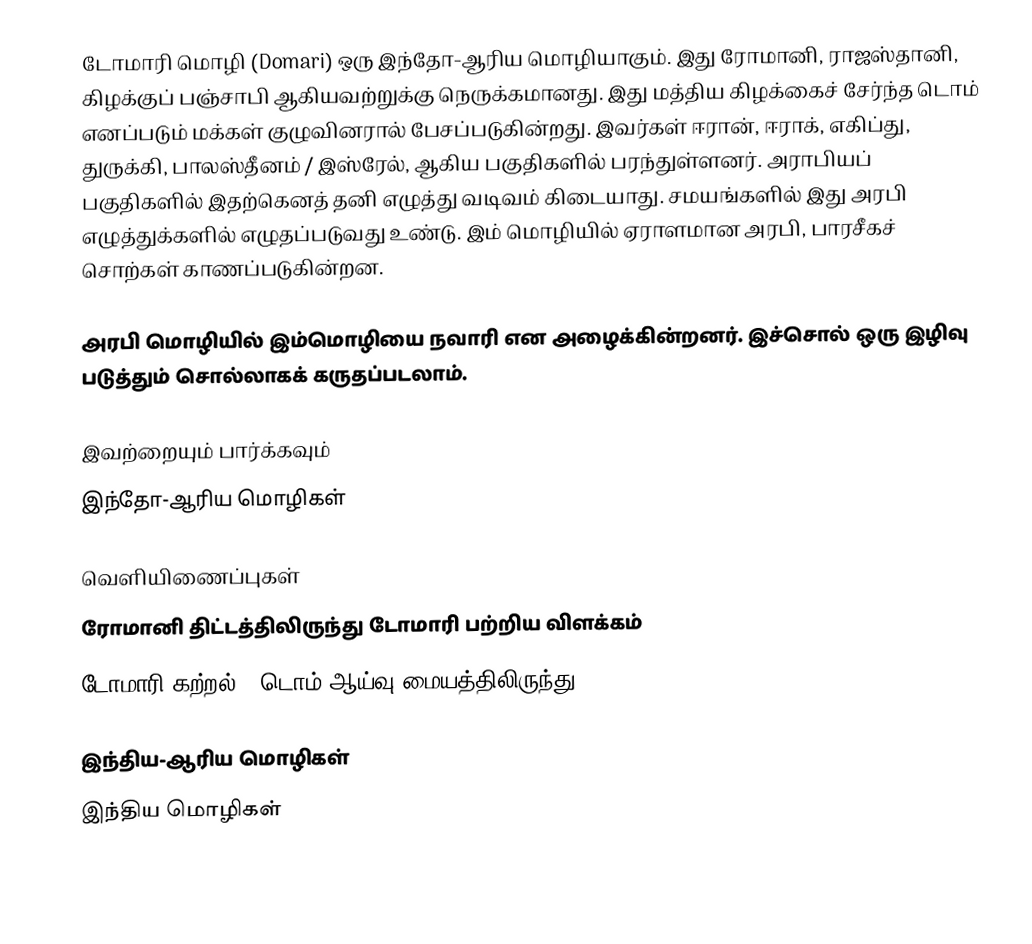
டோமாரி மொழி (Domari) ஒரு இந்தோ-ஆரிய மொழியாகும். இது ரோமானி, ராஜஸ்தானி, கிழக்குப் பஞ்சாபி ஆகியவற்றுக்கு நெருக்கமானது. இது மத்திய கிழக்கைச் சேர்ந்த டொம் எனப்படும் மக்கள் குழுவினரால் பேசப்படுகின்றது. இவர்கள் ஈரான், ஈராக், எகிப்து, துருக்கி, பாலஸ்தீனம் / இஸ்ரேல், ஆகிய பகுதிகளில் பரந்துள்ளனர். அராபியப் பகுதிகளில் இதற்கெனத் தனி எழுத்து வடிவம் கிடையாது. சமயங்களில் இது அரபி எழுத்துக்களில் எழுதப்படுவது உண்டு. இம் மொழியில் ஏராளமான அரபி, பாரசீகச் சொற்கள் காணப்படுகின்றன.

அரபி மொழியில் இம்மொழியை நவாரி என அழைக்கின்றனர். இச்சொல் ஒரு இழிவு படுத்தும் சொல்லாகக் கருதப்படலாம்.

இவற்றையும் பார்க்கவும்
 இந்தோ-ஆரிய மொழிகள்

வெளியிணைப்புகள்
ரோமானி திட்டத்திலிருந்து டோமாரி பற்றிய விளக்கம்
டோமாரி கற்றல்  - டொம் ஆய்வு மையத்திலிருந்து.

இந்திய-ஆரிய மொழிகள்
இந்திய மொழிகள்